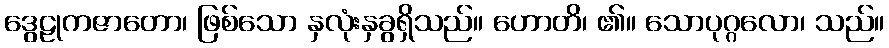
ဒွေဠုကဇာတော၊ ဖြစ်သော နှလုံးနှခွရှိသည်။ ဟောတိ၊ ၏။ သောပုဂ္ဂလော၊ သည်။